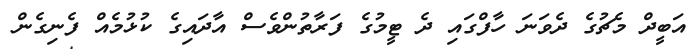
އަބީދް މެޗުގެ ދެވަނަ ހާފްގައި ދެ ޓީމުގެ ފަރާތުންވެސް އާދައިގެ ކުޅުމެއް ފެނިގެން